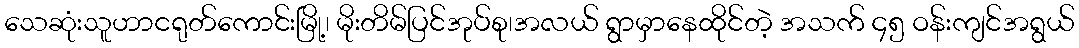
သေဆုံးသူဟာငရုတ်ကောင်းမြို့၊ မိုးတိမ်ပြင်အုပ်စု၊အလယ် ရွာမှာနေထိုင်တဲ့ အသက် ၄၅ ဝန်းကျင်အရွယ်